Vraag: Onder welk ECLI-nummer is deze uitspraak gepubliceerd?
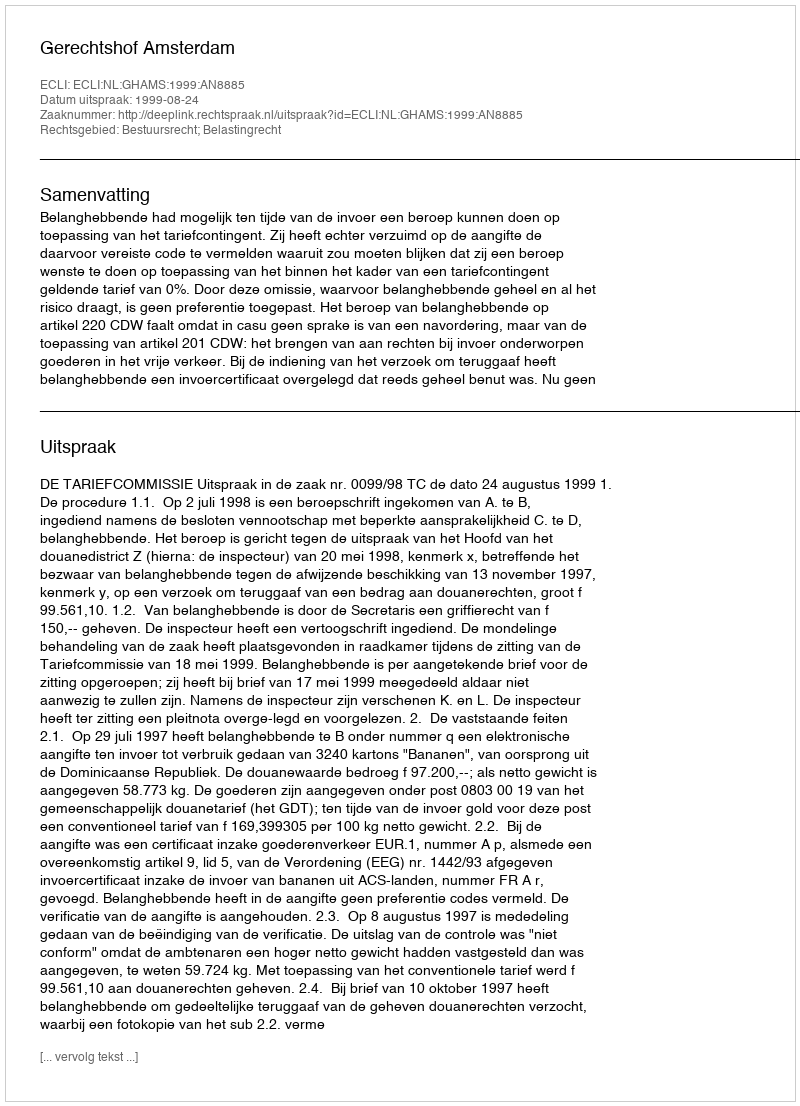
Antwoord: ECLI:NL:GHAMS:1999:AN8885